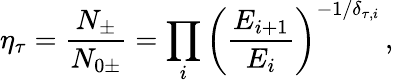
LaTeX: \eta_{\tau}=\frac{N_{\pm}}{N_{0\pm}}=\prod_{i}\left(\frac{E_{i+1}}{E_{i}}\right)^{-1/\delta_{\tau,i}}\, ,